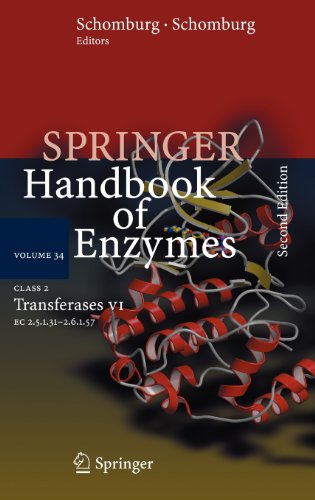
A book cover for Class 2 Transferases VII: EC 2.5.1.31 - 2.6.1.57 (Springer Handbook of Enzymes); Medical Books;